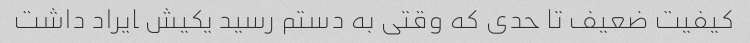
کیفیت ضعیف تا حدی که وقتی به دستم رسید یکیش ‍‍‍‍‍ایراد داشت